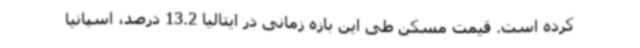
کرده است. قیمت مسکن طی این بازه زمانی در ایتالیا 13.2 درصد، اسپانیا